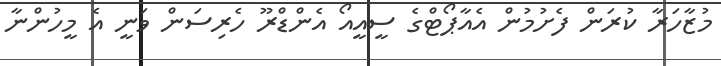
މުޒާހަރާ ކުރަން ފެށުމުން އެއާޕޯޓްގެ ސީއީއޯ އެންޑްރޫ ހެރިސަން ވަނީ އެ މީހުންނާ